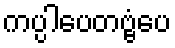
ကပ္ပါပေတဗ္ဗံပေ